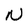
Character: N